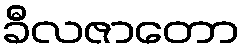
ခီလဇာတော